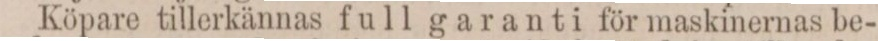
Köpare tillerkännas full garanti för maskinernas be-